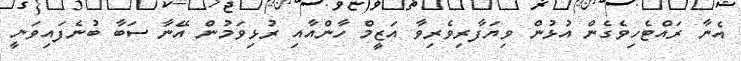
އެނާ ރައްޓެހިވެގެން އުޅުން ވިޔަފާރިވެރިވާ އަޒީމް ހާންއާއި ރުޅިވަމުން އޭނާ ސަބާ ބުނެފައިވަނީ